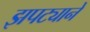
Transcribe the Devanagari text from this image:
झपट्याने